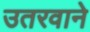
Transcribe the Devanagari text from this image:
उतरवाने